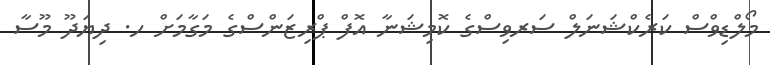
މޯލްޑިވްސް ކަރެކްޝަނަލް ސަރވިސްގެ ކޮމިޝަނާ އޮފް ޕްރިޒަންސްގެ މަގާމަށް ހ. ދިޔަދޫ މޫސާ